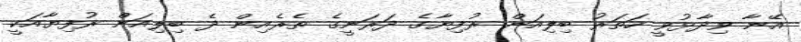
އޭނާ ވިދާޅުވީ ހަތަރު ބިލިއަން ރުފިޔާގެ ދަރަނީގެ ތެރެއިން ދެ ބިލިއަން ރުފިޔާއަކީ